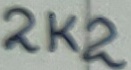
Text: 2K2